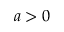
a > 0